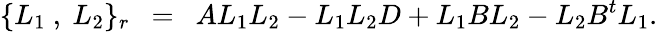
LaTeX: \{ L_{1}~,~L_{2}\} _{r}~~=~~AL_{1}L_{2}-L_{1}L_{2}D+L_{1}BL_{2}-L_{2}B^{t}L_{1}.